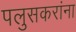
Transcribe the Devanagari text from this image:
पलुसकरांना